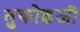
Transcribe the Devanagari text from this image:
तुकोडजी